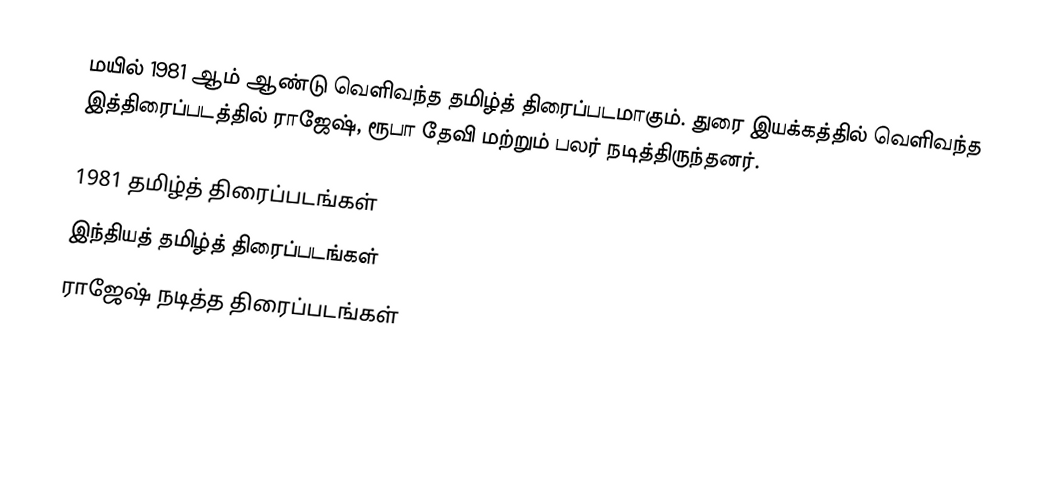
மயில் 1981 ஆம் ஆண்டு வெளிவந்த தமிழ்த் திரைப்படமாகும். துரை இயக்கத்தில் வெளிவந்த இத்திரைப்படத்தில் ராஜேஷ், ரூபா தேவி மற்றும் பலர் நடித்திருந்தனர்.

1981 தமிழ்த் திரைப்படங்கள்
இந்தியத் தமிழ்த் திரைப்படங்கள்
ராஜேஷ் நடித்த திரைப்படங்கள்